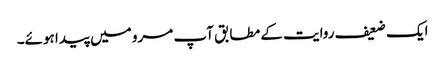
ایک ضعیف روایت کے مطابق آپ مرو میں پیدا ہوئے۔